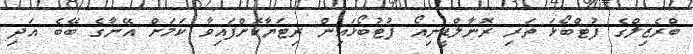
ބްރެޒިލްގެ ފުޓްބޯޅަ ތަރި ރޮނާލްޑީނިއޯ ފުޓުބޯޅައިން ރިޓަޔާކޮށްފައިވާ ކަމަށް އޭނާގެ ބޭބެ އަދި